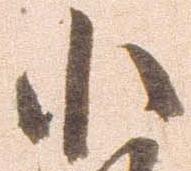
小